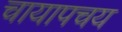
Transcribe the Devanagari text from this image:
चायापचय